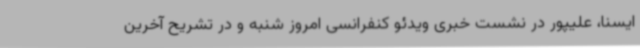
ایسنا، علیپور در نشست خبری ویدئو کنفرانسی امروز شنبه و در تشریح آخرین